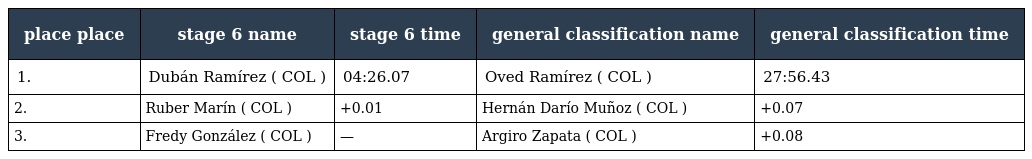
| place place | stage 6 name | stage 6 time | general classification name | general classification time |
 | --- | --- | --- | --- | --- |
 | 1. | Dubán Ramírez ( COL ) | 04:26.07 | Oved Ramírez ( COL ) | 27:56.43 |
 | 2. | Ruber Marín ( COL ) | +0.01 | Hernán Darío Muñoz ( COL ) | +0.07 |
 | 3. | Fredy González ( COL ) | — | Argiro Zapata ( COL ) | +0.08 |